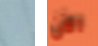
أو الآن